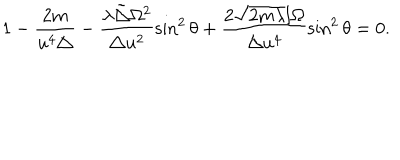
1 - \frac { 2 m } { u ^ { 4 } \triangle } - \frac { \lambda \tilde { \triangle } \Omega ^ { 2 } } { \triangle u ^ { 2 } } \sin ^ { 2 } \theta + \frac { 2 \sqrt { 2 m \lambda } l \Omega } { \triangle u ^ { 4 } } \sin ^ { 2 } \theta = 0 .